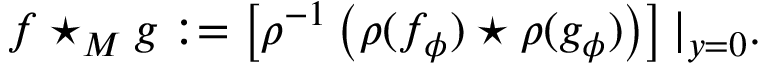
f \star _ { M } g : = \left[ \rho ^ { - 1 } \left( \rho ( f _ { \phi } ) \star \rho ( g _ { \phi } ) \right) \right] | _ { y = 0 } .